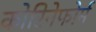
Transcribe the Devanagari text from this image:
कोरिनेफोर्म